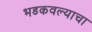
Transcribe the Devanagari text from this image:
भडकवल्याचा